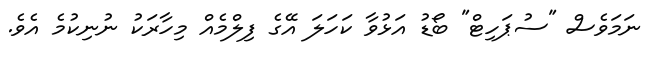
ނަމަވެސް "ސުޕަހިޓް" ބޯޑު އަޅުވާ ކަހަލަ އޭގެ ފިލްމެއް މިހާރަކު ނުނިކުމެ އެވެ.